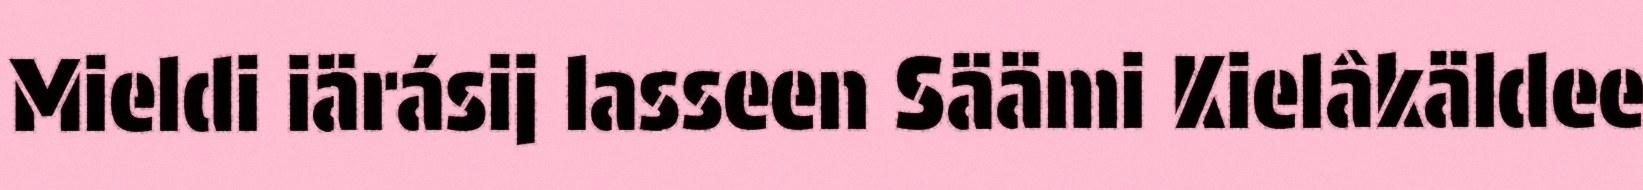
Mieldi iärásij lasseen Säämi Kielâkäldee